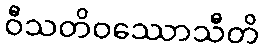
ဝီသတိဝဿောသီတိ